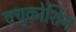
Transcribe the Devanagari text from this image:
क्युकोशिन